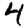
Digit: 4